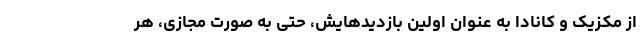
از مکزیک و کانادا به عنوان اولین بازدیدهایش، حتی به صورت مجازی، هر